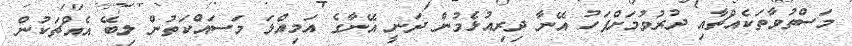
މަސްތުވާތަކެއްޗާއި ދުރުވުމަށްފަހު އޭނާ ދިރިއުޅެމުން ދަނީ އޭނާގެ އަމިއްލަ މަސައްކަތުން ލިބޭ އެއްޗަކުން